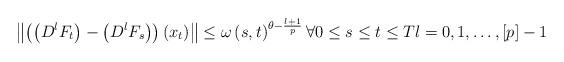
LaTeX: \begin{align*}\left\Vert \left( \left( D^{l}F_{t}\right) -\left( D^{l}F_{s}\right) \right)\left( x_{t}\right) \right\Vert \leq \omega \left( s,t\right) ^{\theta -\frac{l+1}{p}}\forall 0\leq s\leq t\leq Tl=0,1,\dots ,\left[ p\right] -1\end{align*}